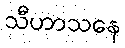
သီဟာသနေ